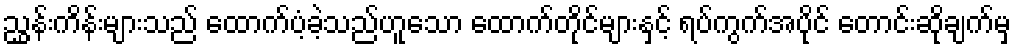
ညွှန်းကိန်းများသည် ထောက်ပံ့ခဲ့သည်ဟူသော ထောက်တိုင်များနှင့် ရပ်ကွက်အပိုင် တောင်းဆိုချက်မှ